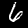
Digit: 6